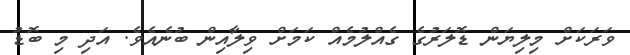
ވަރަކަށް މިލިޔަން ޑޮލަރުގެ ގެއްލުމެއް ކަމަށް ވިލާއިން ބުނެއެވެ. އަދި މި ބޮޑު